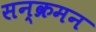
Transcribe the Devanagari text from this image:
सन्क्रमन